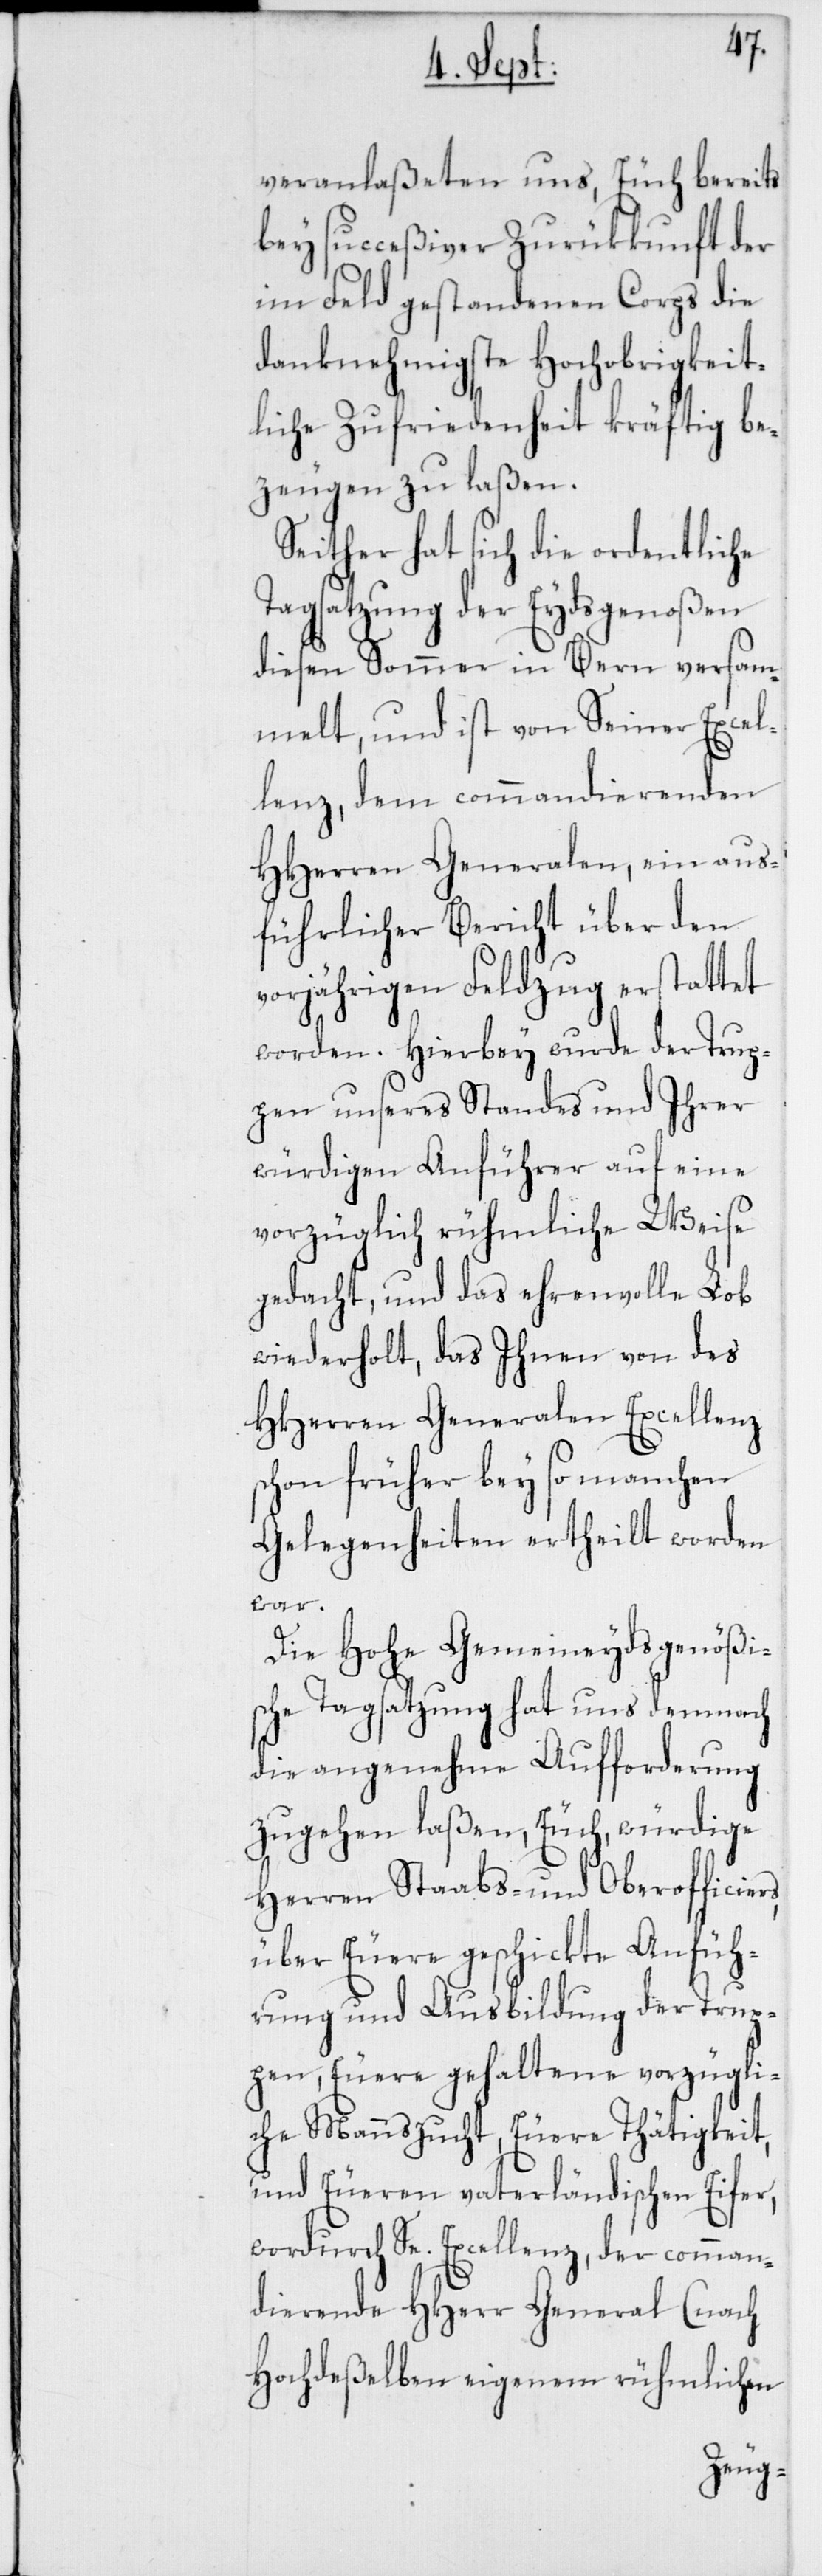
veranlaßeten uns, Euch bereits
bey succeßiver Zurükkunft der
im Feld gestandenen Corps die
danknehmigste Hochobrigkeit¬
liche Zufriedenheit kräftig be¬
zeugen zu laßen.
Seither hat sich die ordentliche
Tagsatzung der Eydsgenoßen
diesen Sommer in Bern versam¬
melt, und ist von Seiner Excel¬
lenz, dem commandierenden
HHerren Generalen, ein aus¬
führlicher Bericht über den
vorjährigen Feldzug erstattet
worden. Hierbey wurde der Trup¬
pen unseres Standes und Ihrer
würdigen Anführer auf eine
vorzüglich rühmliche Weise
gedacht, und das ehrenvolle Lob
wiederholt, das Ihnen von des
HHerren Generalen Excellenz
schon früher bey so manchen
Gelegenheiten ertheilt worden
rs,
Die Hohe Gemeineydsgenößi¬
sche Tagsatzung hat uns demnach
die angenehme Aufforderung
zugehen laßen, Euch, würdige
Herren Staabs- und Oberofficie¬
über Euere geschickte Anfüh¬
rung und Ausbildung der Trup¬
pen, Euere gehaltene vorzügli¬
che Mannszucht, Euere Thätigkeit,
und Eueren vaterländischen Eifer,
wordurch Se. Excellenz, der comman¬
dierende HHerr General (nach
Hochdeßelben eigenem rühmlichen